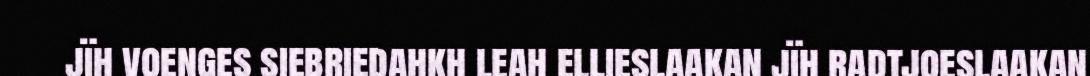
jïh voenges siebriedahkh leah ellieslaakan jïh radtjoeslaakan